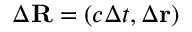
\Delta \mathbf { R } = \left( c \Delta t , \Delta \mathbf { r } \right)